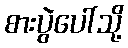
စားပွဲပေါ်သို့